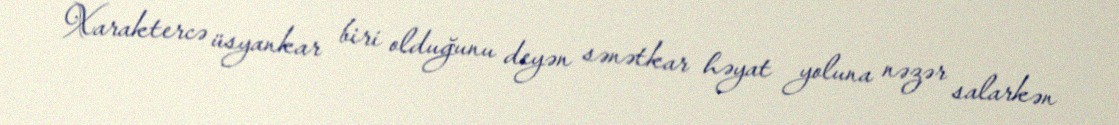
Xaraktercə üsyankar biri olduğunu deyən sənətkar həyat yoluna nəzər salarkən